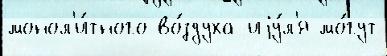
монол'и́тного во́здуха иjу́л'я мо́гут